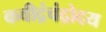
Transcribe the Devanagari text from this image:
कवीद्रंचंद्रोदय